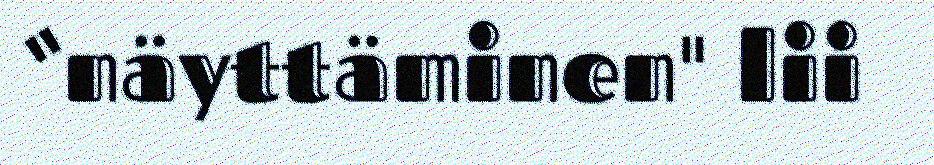
“näyttäminen" lii